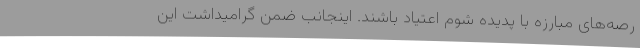
رصه‌های مبارزه با پدیده شوم اعتیاد باشند. اینجانب ضمن گرامیداشت این